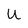
Character: U